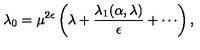
\lambda _ { 0 } = \mu ^ { 2 \epsilon } \left( \lambda + \frac { \lambda _ { 1 } ( \alpha , \lambda ) } { \epsilon } + \cdots \right) ,